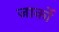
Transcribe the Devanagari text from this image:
जार्को